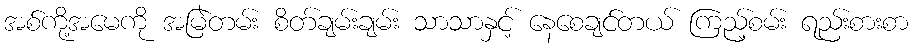
အစ်ကို့အမေကို အမြဲတမ်း စိတ်ချမ်းချမ်း သာသာနှင့် နေစေချင်တယ် ကြည့်စမ်း ရည်းစားစာ